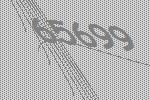
65699